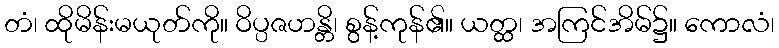
တံ၊ ထိုမိန်းမယုတ်ကို။ ဝိပ္ပဇဟန္တိ၊ စွန့်ကုန်၏။ ယတ္ထ၊ အကြင်အိမ်၌။ ကောလံ၊